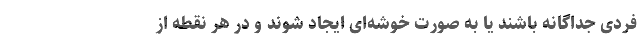
فردی جداگانه‌ باشند یا به صورت خوشه‌ای ایجاد شوند و در هر نقطه از